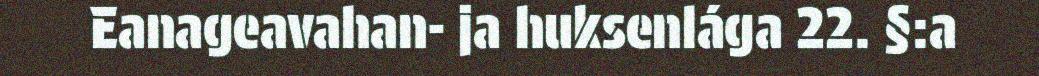
Eanageavahan- ja huksenlága 22. §:a